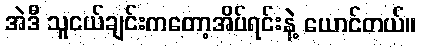
အဲဒီ သူငယ်ချင်းကတော့အိပ်ရင်းနဲ့ ယောင်တယ်။